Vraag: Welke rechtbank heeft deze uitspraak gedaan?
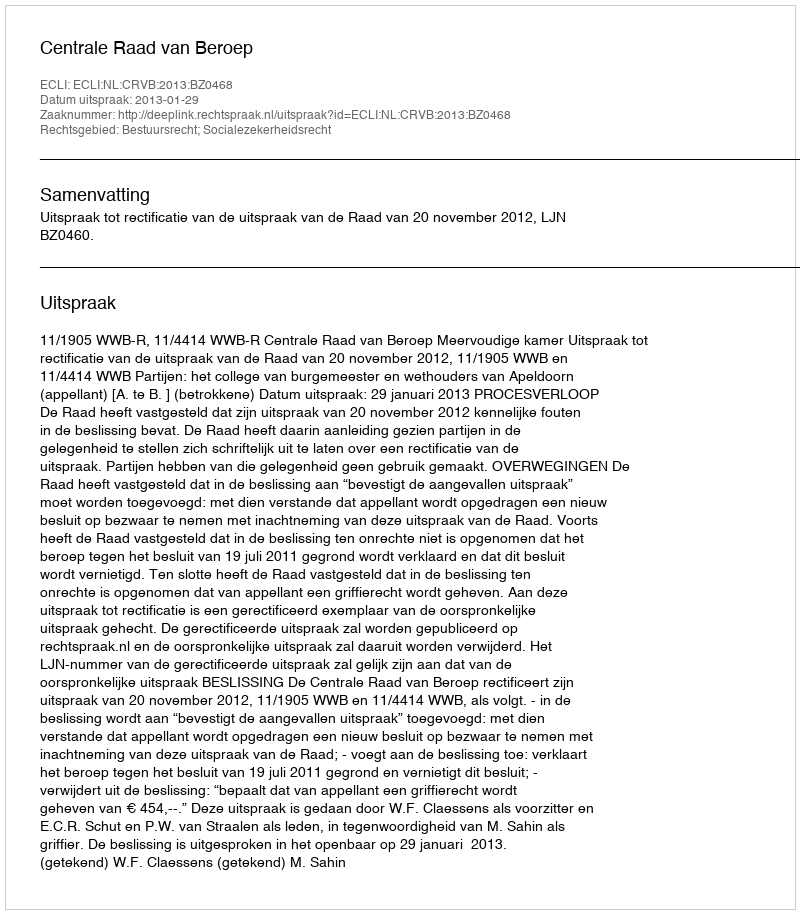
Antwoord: Centrale Raad van Beroep